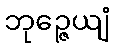
ဘုဉ္ဇေယျံ